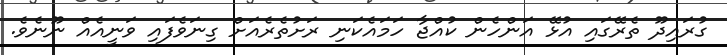
ގުރައިދޫ ތެރޭގައި އުޅޭ އަންހެން ކުއްޖާ ހަމައެކަނި ރަށުތެރެއަށް ގިނަވެފައި ވަނީއެއް ނޫނެވެ.